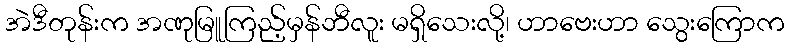
အဲဒီတုန်းက အဏုမြူကြည့်မှန်ဘီလူး မရှိသေးလို့၊ ဟာဗေးဟာ သွေးကြောက